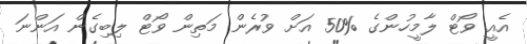
އެއީ ވޯޓް ލާމީހުންގެ %50 އަށް ވުރެން މަތިން ވޯޓް ލިބިގެން އަންނަ